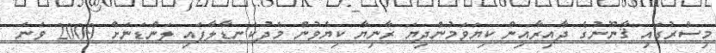
މިސްރުގައި ޤާނޫނުގެ ދާއިރާއިން ކިޔަވަމުންދިޔަ ރާނިޔާ ކިޔެވުން މެދުކަނޑާލާފައި ލަންޑަނަށް 2009 ވަނަ